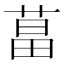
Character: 𦵆